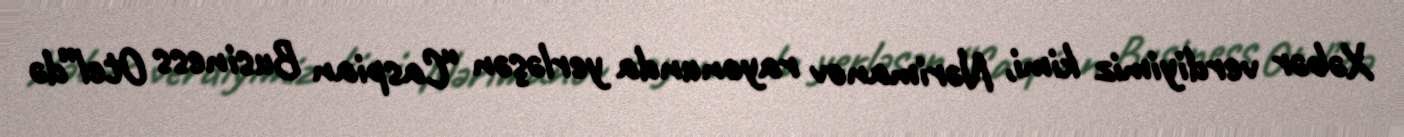
Xəbər verdiyimiz kimi, Nərimanov rayonunda yerləşən “Caspian Business Otel”də